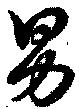
男